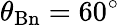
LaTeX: \theta_{\mathrm{Bn}}=60^{\circ}